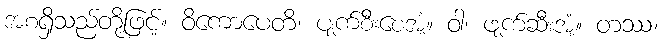
အစရှိသည်တို့ဖြင့်။ ဝိကောပေတိ၊ ပျက်စီးစေအံ့။ ဝါ၊ ဖျက်ဆီးအံ့။ တဿ၊